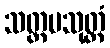
သတ္တမသုတ္တံ